Mental hospitals Bombay report 1921-28 - 1921-1928
Year: 1921
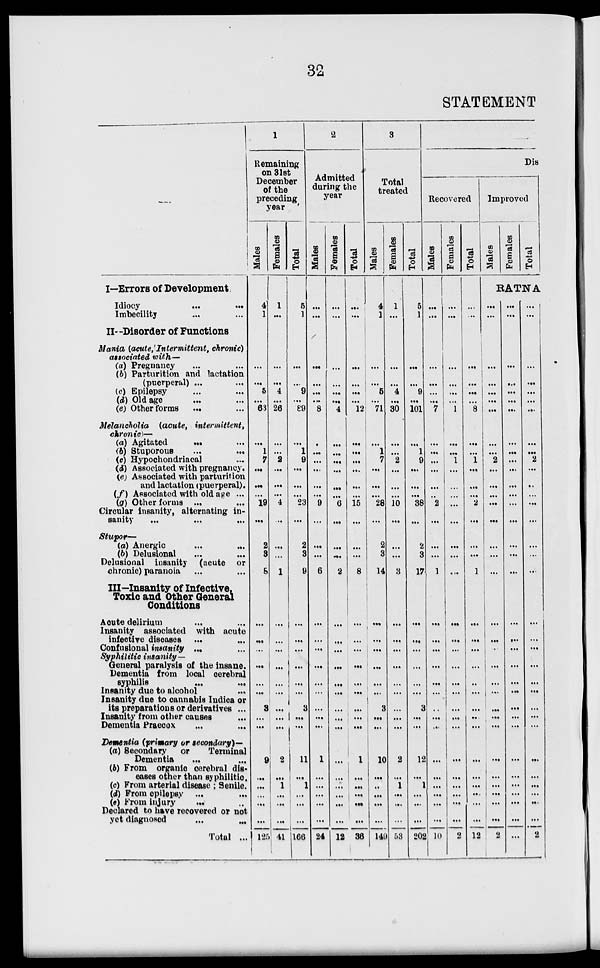
32
STATEMENT
I—Errors of Development
Idiocy
...
...
Imbecility ... ...
II—Disorder of Functions
Mania (acute, Intermittent, chronic)
associated with—
(a) Pregnancy ... ...
(b) Parturition and lactation
(puerperal) ... ...
(c) Epilepsy ... ...
(d) Old age ... ...
(e) Other forms
... ...
Melancholia (acute, intermittent,
chronic)—
(a) Agitated
...
...
(b) Stuporous ... ...
(c) Hypochondriacal ...
(d) Associated with pregnancy.
(e) Associated with parturition
and lactation (puerperal).
(f) Associated with old age ...
(g) Other forms ... ...
Circular insanity, alternating in-
sanity
...
...
...
Stupor—
(a) Anergic ... ...
(b) Delusional ... ...
Delusional insanity (acute or
chronic) paranoia ... ...
III-Insanity of Infective,
Toxic and Other General
Conditions
Acute delirium ... ...
Insanity associated with acute
infective diseases ... ...
Confusional insanity ... ...
Syphilitic insanity—
General paralysis of the insane.
Dementia from local cerebral
syphilis ... ...
Insanity due to alcohol ...
Insanity due to cannabis Indica or
its preparations or derivatives ...
Insanity from other causes ...
Dementia Praecox ... ...
Dementia (primary or secondary)—
(a) Secondary
or
Terminal
Dementia ... ...
(b) From organic cerebral dis-
eases other than syphilitic.
(c) From arterial disease ; Senile.
(d) From epilepsy ... ...
(e) From injury ... ...
Declared to have recovered or not
yet diagnosed ... ...
Total ...
1
Remaining
on 31st
December
of the
preceding
year
Males
4
1
...
...
5
...
63
...
1
7
...
...
...
19
...
2
3
8
...
...
...
...
...
...
3
...
...
9
...
...
...
...
...
125
Females
1
...
...
...
4
...
26
...
...
2
...
...
...
4
...
...
...
1
...
...
...
...
...
...
...
...
...
2
...
1
...
...
...
41
Total
5
1
...
...
9
...
89
...
1
9
...
...
...
23
...
2
3
9
...
...
...
...
...
...
3
...
...
11
...
1
... ...
...
166
2
Admitted
during the
year
Males
...
...
...
...
...
...
... 8
...
...
...
...
...
...
9
...
...
...
6
...
...
...
...
...
...
...
...
...
1
...
...
...
...
...
24
Females
...
...
...
...
...
...
... 4
...
...
...
...
...
...
6
...
...
...
2
...
...
...
...
...
...
...
...
...
...
...
...
... ...
...
12
Total
...
...
...
...
...
...
...
12
...
...
...
...
...
...
15
...
...
...
8
...
...
...
...
...
...
...
... ...
1
...
...
...
...
...
36
3
Total
treated
Males
4
1
...
...
...
5
...
71
...
1
7
...
...
...
28
...
2
3
14
...
...
...
...
...
...
3
...
...
10
...
...
...
...
...
149
Females
1
...
...
...
...
4
...
30
...
...
2
...
...
...
10
...
...
...
3
...
...
...
...
...
...
...
...
...
2
...
1
...
...
...
53
Total
5
1
...
...
...
9
...
101
...
1
9
...
...
...
38
...
2
3
17
...
...
...
...
...
...
3
...
...
12
...
1
...
...
...
202
Dis
Recovered
Males
...
...
...
...
...
...
...
7
...
...
...
...
...
...
2
...
...
...
1
...
...
...
...
...
...
...
...
...
...
...
...
...
...
...
10
Females
...
...
...
...
...
...
...
1
...
...
1
...
...
...
...
...
...
...
...
...
...
...
...
...
...
...
...
...
...
...
...
...
...
...
2
Total
...
...
...
...
...
... ...
8
...
...
1
...
...
...
2
...
...
...
1
...
...
...
...
...
...
...
...
...
...
...
...
...
...
...
12
Improved
Males
Females
Total
RATNA
...
...
...
...
...
...
...
...
...
...
2
...
...
...
...
...
...
...
...
...
...
...
...
...
...
...
...
...
...
...
...
...
...
...
...
2
...
...
...
...
...
...
...
...
...
...
...
...
...
...
...
...
...
...
...
...
...
...
...
...
...
...
...
...
...
...
...
...
...
...
...
...
...
...
...
...
...
...
...
...
...
...
2
...
...
...
...
...
...
...
...
...
...
...
...
...
...
...
...
...
...
...
...
...
...
...
...
2